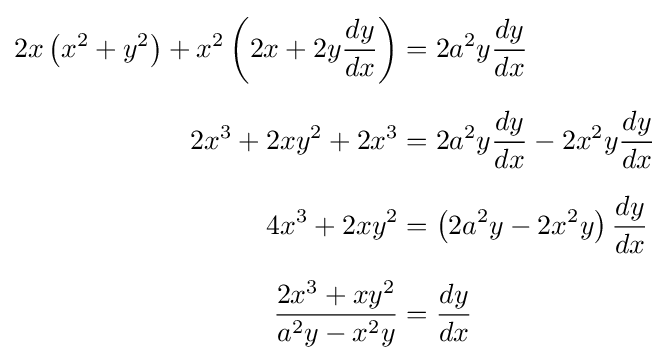
{\begin{aligned}2x\left(x^{2}+y^{2}\right)+x^{2}\left(2x+2y{\frac {dy}{dx}}\right)&=2a^{2}y{\frac {dy}{dx}}\\[6px]2x^{3}+2xy^{2}+2x^{3}&=2a^{2}y{\frac {dy}{dx}}-2x^{2}y{\frac {dy}{dx}}\\[6px]4x^{3}+2xy^{2}&=\left(2a^{2}y-2x^{2}y\right){\frac {dy}{dx}}\\[6px]{\frac {2x^{3}+xy^{2}}{a^{2}y-x^{2}y}}&={\frac {dy}{dx}}\end{aligned}}